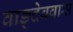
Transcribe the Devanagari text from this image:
वाङ्देववास